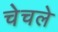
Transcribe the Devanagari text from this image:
चेचले